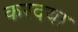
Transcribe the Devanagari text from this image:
करदया